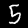
Label: 5